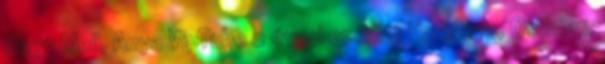
Nagy Mell, Anya VipTube 2 évvel ezelőtt Harisnya, Otthoni,